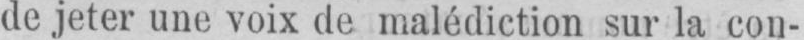
de jeter une voix de malédiction sur la con-